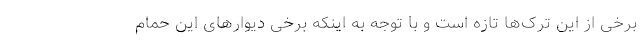
برخی از این ترک‌ها تازه است و با توجه به اینکه برخی دیوارهای این حمام